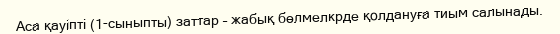
Аса қауіпті (1-сыныпты) заттар – жабық бөлмелкрде қолдануға тиым салынады.